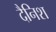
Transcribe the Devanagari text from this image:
दैनिश